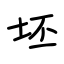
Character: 坯